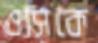
ওসিকে